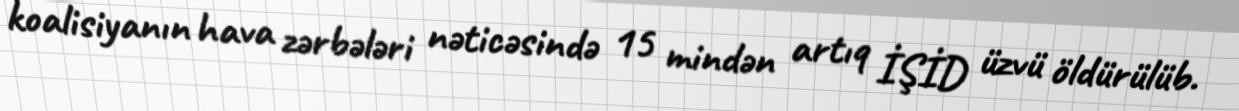
koalisiyanın hava zərbələri nəticəsində 15 mindən artıq İŞİD üzvü öldürülüb.